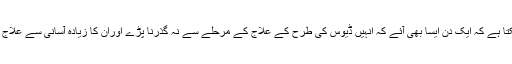
اور ہوسکتا ہے کہ ایک دن ایسا بھی آئے کہ انہیں ڈیوس کی طرح کے علاج کے مرحلے سے نہ گذرنا پڑے اوران کا زیادہ آسانی سے علاج ہوسکے۔